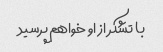
با تشکر از او خواهم پرسید